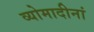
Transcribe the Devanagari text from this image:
व्योमादीनां